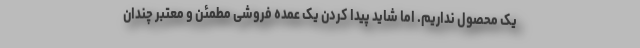
یک محصول نداریم. اما شاید پیدا کردن یک عمده فروشی مطمئن و معتبر چندان